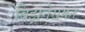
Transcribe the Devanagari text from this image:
बिझनेसमन